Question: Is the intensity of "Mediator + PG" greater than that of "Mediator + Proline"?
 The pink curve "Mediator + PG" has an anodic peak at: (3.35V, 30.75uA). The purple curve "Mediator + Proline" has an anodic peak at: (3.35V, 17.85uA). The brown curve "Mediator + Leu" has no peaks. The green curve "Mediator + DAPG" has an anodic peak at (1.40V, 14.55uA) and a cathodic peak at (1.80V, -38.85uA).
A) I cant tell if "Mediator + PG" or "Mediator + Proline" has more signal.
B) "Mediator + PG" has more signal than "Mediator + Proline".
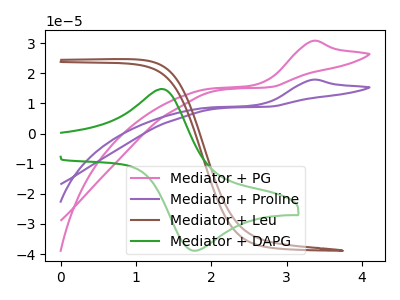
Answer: <think>All the peaks in "Mediator + PG" have a peak in "Mediator + Proline" at the same potential. Every peak in "Mediator + PG" is higher than every peak in "Mediator + Proline".
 </think>
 <answer>B) "Mediator + PG" has more signal than "Mediator + Proline".</answer>
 <eval>B</eval>